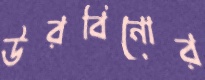
উরবিনোর